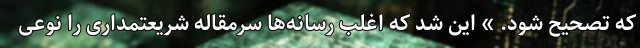
که تصحیح شود. » این شد که اغلب رسانه‌ها سرمقاله شریعتمداری را نوعی